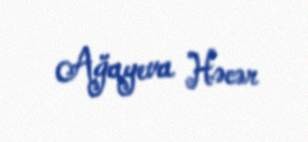
Ağayeva Həcər